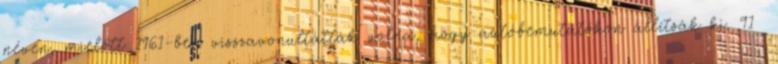
néven, mielőtt 1961-ben visszavonultatták volna, hogy autóbemutatókon állítsák ki. 91